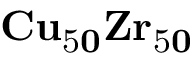
\mathrm { \bf C u _ { \mathrm { 5 } 0 } Z r _ { \mathrm { 5 } 0 } }